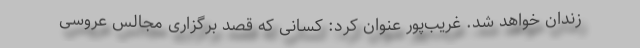
زندان خواهد شد. غریب‌پور عنوان کرد: کسانی که قصد برگزاری مجالس عروسی